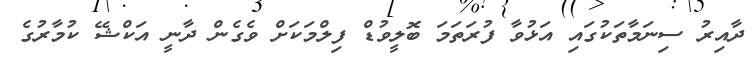
ދާއިރު ސިނަމާތަކުގައި އަޅުވާ ފުރަތަމަ ބޮލީވުޑް ފިލްމަކަށް ވެގެން ދާނީ އަކްޝޭ ކުމާރުގެ